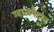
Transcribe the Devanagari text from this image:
ग्वालमैदान